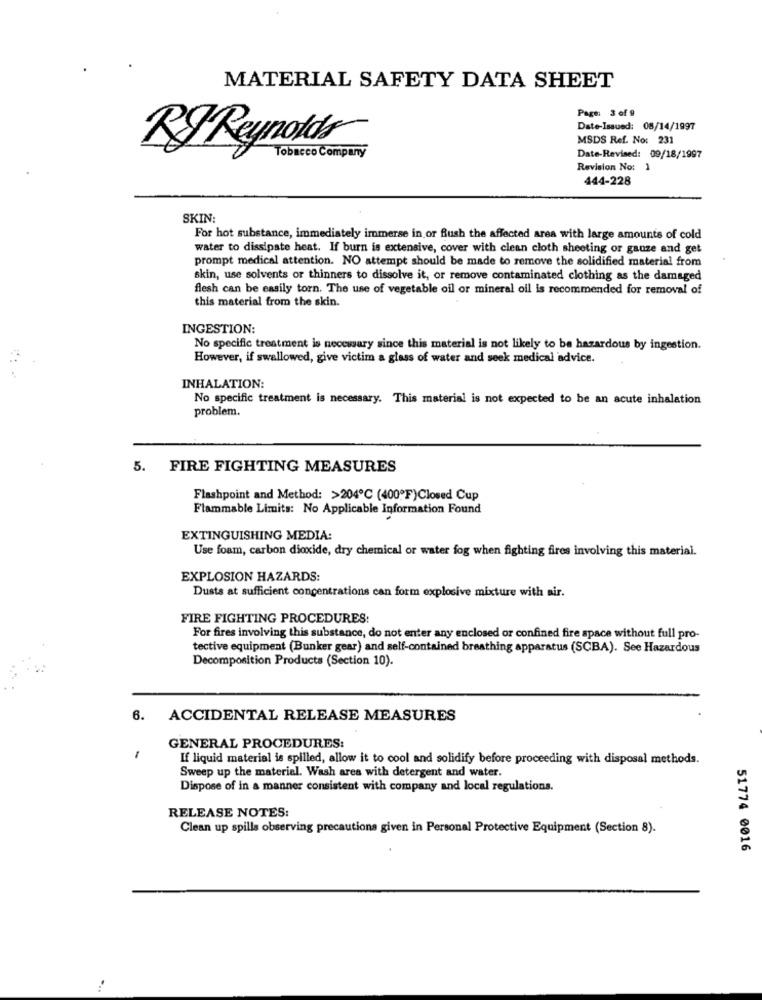
MATERIAL SAFETY DATA SHEET
Page: 3 of 9
Date-Issued: 08/14/1997
MSDS Ref. No: 231
RIReynolds
Tobacco Company
Date-Revised: 09/18/1997
Revision No: 1
444-228
SKIN:
For hot substance, immediately immerse in or flush the affected area with large amounts of cold
water to dissipate heat. If burn is extensive, cover with clean cloth sheeting or ganze and get
prompt medical attention. NO attempt should be made to remove the solidified material from
skin, use solvents or thinners to dissolve it, or remove contaminated clothing as the damaged
flesh can be easily torn. The use of vegetable oil or mineral oil is recommended for removal of
this material from the skin.
INGESTION:
No specific treatment is necessary since this material is not likely to be hazardous by ingestion.
However, if swallowed, give victim a glass of water and seek medical advice.
INHALATION:
No specific treatment is necessary. This material is not expected to be an acute inhalation
problem.
5. FIRE FIGHTING MEASURES
Flashpoint and Method: >204℃ (400"F)Closed Cup
Flammable Limits: No Applicable Information Found
EXTINGUISHING MEDIA:
Use foam, carbon dioxide, dry chemical or water fog when fighting fires involving this material.
EXPLOSION HAZARDS:
Dusts at sufficient concentrations can form explosive mixture with air.
FIRE FIGHTING PROCEDURES:
For fires involving this substance, do not enter any enclosed or confined fire space without full pro-
tective equipment (Bunker gear) and self-contained breathing apparatus (SCBA). See Hazardous
Decomposition Products (Section 10).
6. ACCIDENTAL RELEASE MEASURES
GENERAL PROCEDURES:
-
If liquid material is spilled, allow it to cool and solidify before proceeding with disposal methods.
Sweep up the material. Wash ares with detergent and water.
Dispose of in a manner consistent with company and local regulations.
RELEASE NOTES:
Clean up spills observing precautions given in Personal Protective Equipment (Section 8).
51774 0016